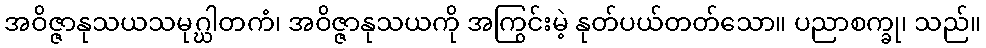
အဝိဇ္ဇာနုသယသမုဂ္ဃါတကံ၊ အဝိဇ္ဇာနုသယကို အကြွင်းမဲ့ နုတ်ပယ်တတ်သော။ ပညာစက္ခု၊ သည်။